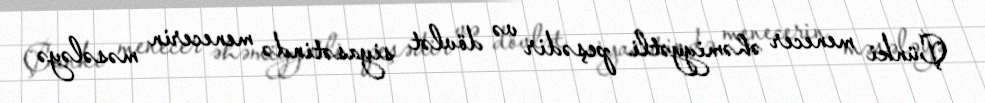
Çünki menecer əhəmiyyətli peşədir və dövlət siyasətində menecerin məsələyə